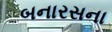
બનારસના